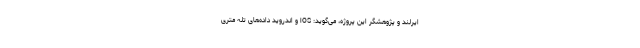
ایرلند و پژوهشگر این پروژه، می‌گوید: iOS و اندروید داده‌های تله‌ متری